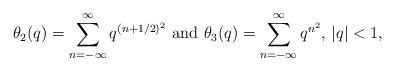
LaTeX: \begin{align*}\theta_2(q)=\sum^{\infty}_{n=-\infty}q^{(n+1/2)^2}\textrm{ and }\theta_3(q)=\sum^{\infty}_{n=-\infty}q^{n^2}\textrm{, }|q|<1,\end{align*}